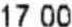
17.00